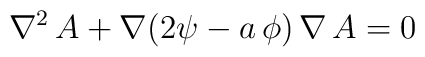
\nabla^{2}\, A + \nabla(2\psi-a\,\phi)\, \nabla\,A=0